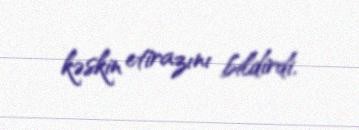
kəskin etirazını bildirdi.